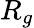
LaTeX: R_{g}